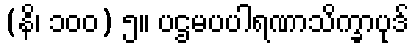
(နိ၊ ၁၀၀) ၅။ ပဌမပပါရဏာသိက္ခာပုဒ်